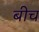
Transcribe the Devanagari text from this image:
बीच